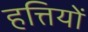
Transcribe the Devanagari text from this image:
हत्तियों